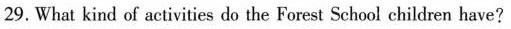
29. What kind of activities do the Forest School children have?